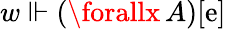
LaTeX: w\Vdash(\forallx\, A)[\mathrm{e}]